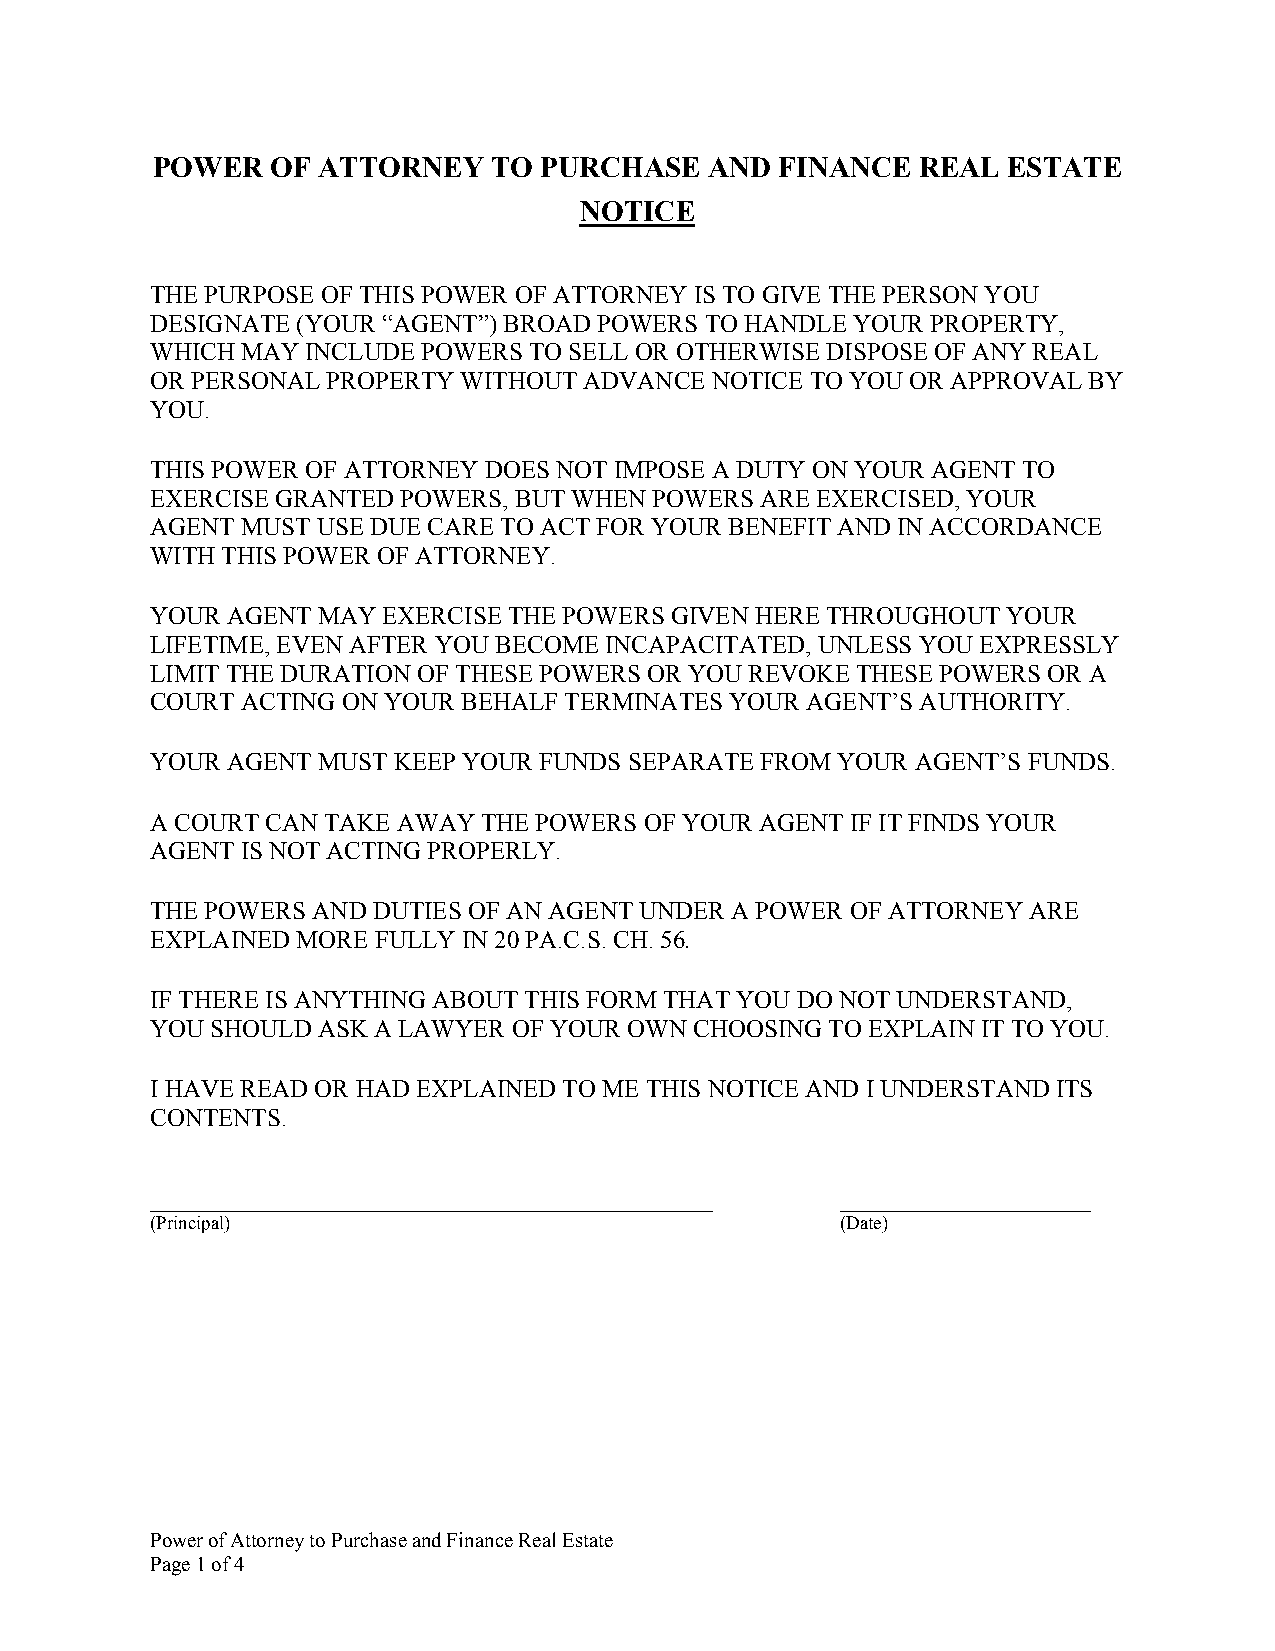
POWER   OF ATTORNEY    TO PURCHASE   AND  FINANCE  REAL  ESTATE
 NOTICE
 THE PURPOSE OF THIS POWER OF ATTORNEY IS TO GIVE THE PERSON YOU
 DESIGNATE (YOUR “AGENT”) BROAD POWERS TO HANDLE YOUR PROPERTY,
 WHICH MAY INCLUDE POWERS TO SELL OR OTHERWISE DISPOSE OF ANY REAL
 OR PERSONAL PROPERTY WITHOUT ADVANCE NOTICE TO YOU OR APPROVAL BY
 YOU.
 THIS POWER OF ATTORNEY DOES NOT IMPOSE A DUTY ON YOUR AGENT TO
 EXERCISE GRANTED POWERS, BUT WHEN POWERS ARE EXERCISED, YOUR
 AGENT MUST USE DUE CARE TO ACT FOR YOUR BENEFIT AND IN ACCORDANCE
 WITH THIS POWER OF ATTORNEY.
 YOUR AGENT MAY EXERCISE THE POWERS GIVEN HERE THROUGHOUT YOUR
 LIFETIME, EVEN AFTER YOU BECOME INCAPACITATED, UNLESS YOU EXPRESSLY
 LIMIT THE DURATION OF THESE POWERS OR YOU REVOKE THESE POWERS OR A
 COURT ACTING ON YOUR BEHALF TERMINATES YOUR AGENT’S AUTHORITY.
 YOUR AGENT MUST KEEP YOUR FUNDS SEPARATE FROM YOUR AGENT’S FUNDS.
 A COURT CAN TAKE AWAY THE POWERS OF YOUR AGENT IF IT FINDS YOUR
 AGENT IS NOT ACTING PROPERLY.
 THE POWERS AND DUTIES OF AN AGENT UNDER A POWER OF ATTORNEY ARE
 EXPLAINED MORE FULLY IN 20 PA.C.S. CH. 56.
 IF THERE IS ANYTHING ABOUT THIS FORM THAT YOU DO NOT UNDERSTAND,
 YOU SHOULD ASK A LAWYER OF YOUR OWN CHOOSING TO EXPLAIN IT TO YOU.
 I HAVE READ OR HAD EXPLAINED TO ME THIS NOTICE AND I UNDERSTAND ITS
 CONTENTS.
 _____________________________________________ ____________________
 (Principal)                                   (Date)
 Power of Attorney to Purchase and Finance Real Estate
 Page 1 of 4